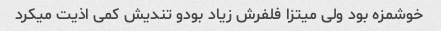
خوشمزه بود ولی میتزا فلفرش زیاد بودو تندیش کمی اذیت میکرد